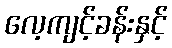
လေ့ကျင့်ခန်းနှင့်